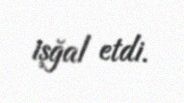
işğal etdi.